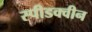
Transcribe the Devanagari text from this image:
स्पीडक्वीन